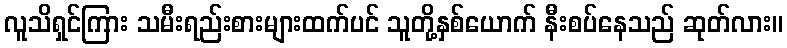
လူသိရှင်ကြား သမီးရည်းစားများထက်ပင် သူတို့နှစ်ယောက် နီးစပ်နေသည် ဆုတ်လား။